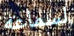
لسماعه